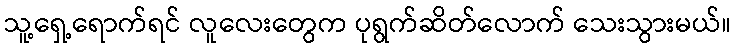
သူ့ရှေ့ရောက်ရင် လူလေးတွေက ပုရွက်ဆိတ်လောက် သေးသွားမယ်။